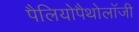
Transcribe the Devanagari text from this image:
पैलियोपैथोलॉजी